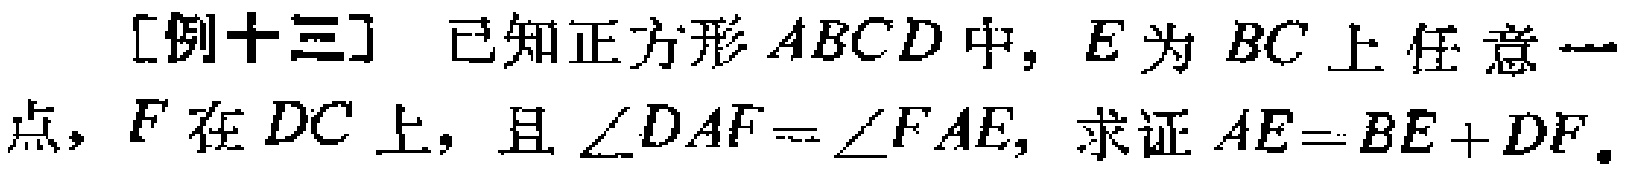
[例十三] 已知正方形 \(ABCD\) 中，\(E\) 为 \(BC\) 上任意一点，\(F\) 在 \(DC\) 上，且 \(\angle DAF = \angle FAE\)，求证 \(AE = BE + DF\)。